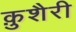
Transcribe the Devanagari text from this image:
क़ुशैरी